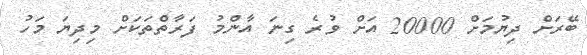
ބޭރަށް ދިޔުމަށް 20000 އަށް ވުރެ ގިނަ އާންމު ފަރާތްތަކަށް މިދިޔަ މަހު